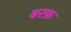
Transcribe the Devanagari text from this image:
बरफ़